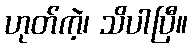
ဟုတ်ကဲ့၊ သိပါပြီ။